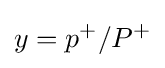
y=p^{+}/P^{+}